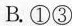
才、创造的尊重